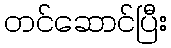
တင်ဆောင်ပြီး